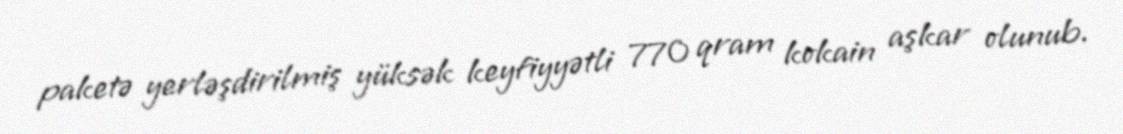
paketə yerləşdirilmiş yüksək keyfiyyətli 770 qram kokain aşkar olunub.